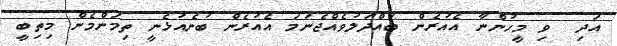
އަދި  ވި މީހުންނާ އެއުރެން ބައްދަލުވެއްޖެނަމަ އެއުރެން ބުނެއުޅެނީ ތިމަންމެން މިތިބީ